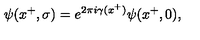
\psi ( x ^ { + } , \sigma ) = e ^ { 2 \pi i \gamma ( x ^ { + } ) } \psi ( x ^ { + } , 0 ) ,